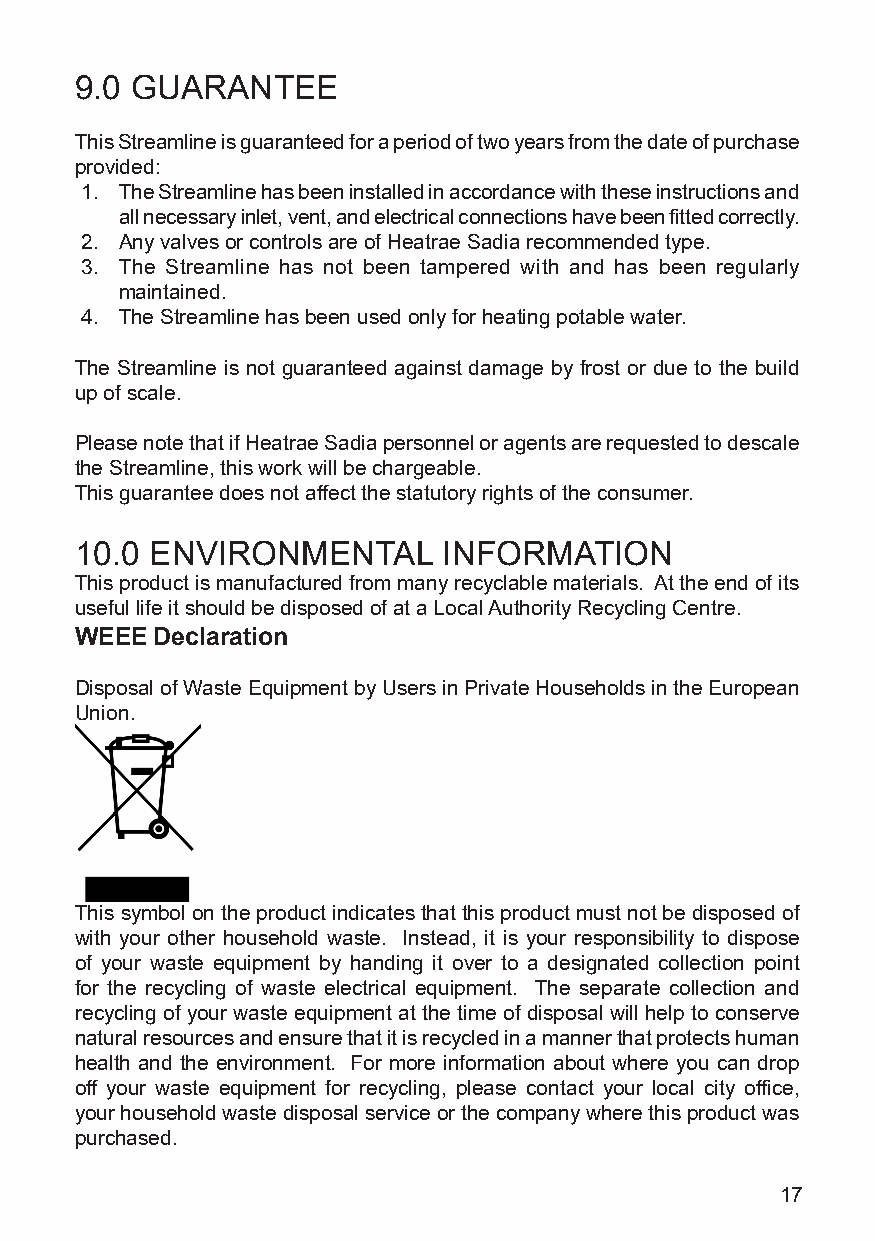
9.0 GUARANTEE
 This Streamline is guaranteed for a period of two years from the date of purchase
 provided:
 1. The Streamline has been installed in accordance with these instructions and
 all necessary inlet, vent, and electrical connections have been fitted correctly.
 2. Any valves or controls are of Heatrae Sadia recommended type.
 3. The Streamline has not been tampered with and has been regularly
 maintained.
 4. The Streamline has been used only for heating potable water.
 The Streamline is not guaranteed against damage by frost or due to the build
 up of scale.
 Please note that if Heatrae Sadia personnel or agents are requested to descale
 the Streamline, this work will be chargeable.
 This guarantee does not affect the statutory rights of the consumer.
 10.0 ENVIRONMENTAL      INFORMATION
 This product is manufactured from many recyclable materials. At the end of its
 useful life it should be disposed of at a Local Authority Recycling Centre.
 WEEE Declaration
 Disposal of Waste Equipment by Users in Private Households in the European
 Union.
 This symbol on the product indicates that this product must not be disposed of
 with your other household waste. Instead, it is your responsibility to dispose
 of your waste equipment by handing it over to a designated collection point
 for the recycling of waste electrical equipment. The separate collection and
 recycling of your waste equipment at the time of disposal will help to conserve
 natural resources and ensure that it is recycled in a manner that protects human
 health and the environment. For more information about where you can drop
 off your waste equipment for recycling, please contact your local city office,
 your household waste disposal service or the company where this product was
 purchased.
 17